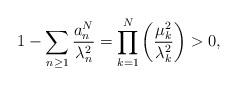
LaTeX: \begin{align*}1-\sum\limits_{n \geq 1}\frac{a_n^N}{\lambda_{n}^2}=\prod\limits_{k=1}^{N}\left( \frac{ \mu_k^2 }{\lambda_k^2 } \right) >0, \end{align*}